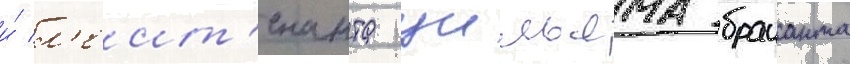
и́ л'еит'енанта уильяма браианта